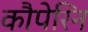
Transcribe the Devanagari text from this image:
कौपेरिन